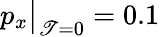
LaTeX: p_{x}\big|_{\mathscr{T}=0}=0.1